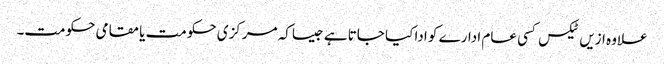
علاوہ ازیں ٹیکس کسی عام ادارے کو ادا کیا جاتا ہے جیساکہ مرکزی حکومت یا مقامی حکومت۔